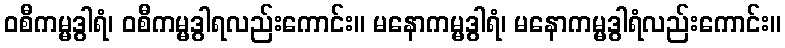
ဝစီကမ္မဒွါရံ၊ ဝစီကမ္မဒွါရလည်းကောင်း။ မနောကမ္မဒွါရံ၊ မနောကမ္မဒွါရံလည်းကောင်း။